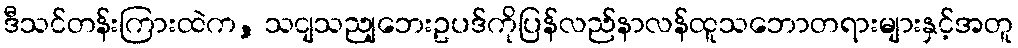
ဒီသင်တန်းကြားထဲက, သငျသညျဘေးဥပဒ်ကိုပြန်လည်နာလန်ထူသဘောတရားများနှင့်အတူ